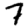
Digit: 7